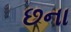
છના